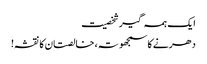
ا یک ہمہ گیر شخصیت
دھرنے کا سمجھوتہ، خالصتان کا نقشہ!